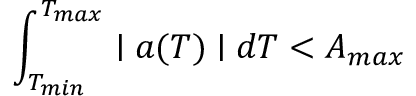
\int _ { T _ { m i n } } ^ { T _ { m a x } } \mid a ( T ) \mid d T < A _ { m a x }